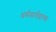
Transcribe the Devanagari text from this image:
धर्ममार्तंडाच्या